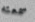
سمعته